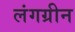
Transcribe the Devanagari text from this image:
लंगग्रीन